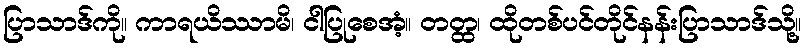
ပြာသာဒ်ကို။ ကာရယိဿာမိ၊ ငါပြုစေအံ့။ တတ္ထ၊ ထိုတစ်ပင်တိုင်နန်းပြာသာဒ်သို့။